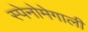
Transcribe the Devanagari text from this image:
स्पेनोमेगाली